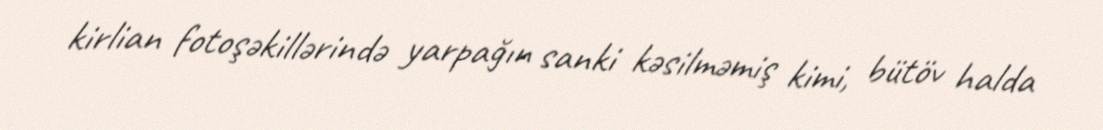
kirlian fotoşəkillərində yarpağın sanki kəsilməmiş kimi, bütöv halda